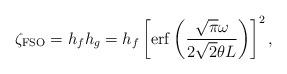
LaTeX: \begin{align*}\zeta_\mathrm{FSO}=h_fh_g=h_f \left[\mathrm{erf}\left(\frac{\sqrt{\pi}\omega}{2\sqrt{2}\theta L}\right)\right]^2,\end{align*}